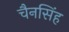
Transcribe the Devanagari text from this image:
चैनसिंह